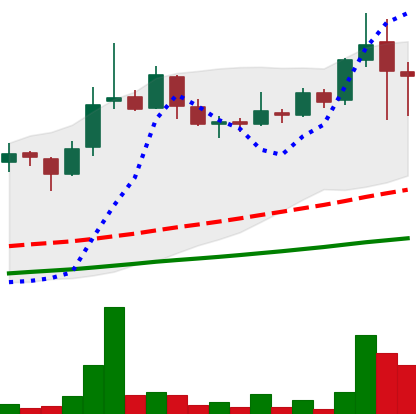
Ticker: LINK-USD
Chart end date: 2018-11-15
Forward return: -36.892%
Label: down_7plus